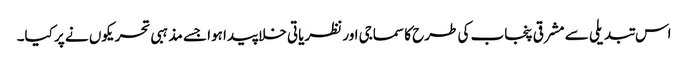
اس تبدیلی سے مشرقی پنجاب کی طرح کا سماجی اور نظریاتی خلا پیدا ہوا جسے مذہبی تحریکوں نے پر کیا۔